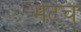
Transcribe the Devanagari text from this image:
भेटच